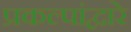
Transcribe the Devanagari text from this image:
प्रकल्पांद्वारे